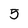
Character: 5